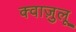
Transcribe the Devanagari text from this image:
क्वाज़ुलू